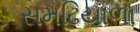
સમઢિયાળા